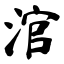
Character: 涫